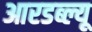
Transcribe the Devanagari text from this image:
आरडब्ल्यू